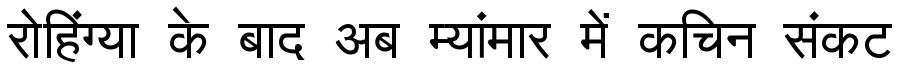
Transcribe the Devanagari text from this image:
रोहिंग्या के बाद अब म्यांमार में कचिन संकट